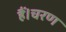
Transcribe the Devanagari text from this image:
हैं।चरण